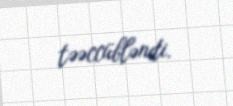
təəccübləndi.